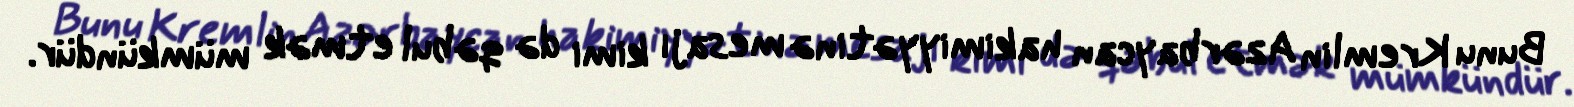
Bunu Kremlin Azərbaycan hakimiyyətinə mesajı kimi də qəbul etmək mümkündür.